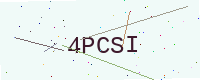
Text: 4PCSI